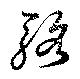
駱